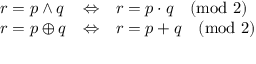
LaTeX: \begin{array} { l l l } { r = p \land q } & { \Leftrightarrow } & { r = p \cdot q { \pmod { 2 } } } \\ { r = p \oplus q } & { \Leftrightarrow } & { r = p + q { \pmod { 2 } } } \end{array}